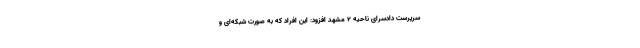
سرپرست دادسرای ناحیه ۲ مشهد افزود: این افراد که به صورت شبکه‌ای و